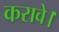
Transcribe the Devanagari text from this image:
करावे।